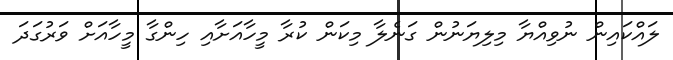
ލައްކައިން ނުވިއްޔާ މިލިޔަނުން ގަނެލާ މިކަން ކުރާ މީހާއަށާއި ހިންގާ މީހާއަށް ވަރުގަދަ